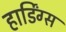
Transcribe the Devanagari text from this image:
हार्डिंग्स